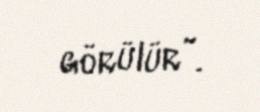
görülür”.